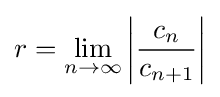
r=\lim _{n\to \infty }\left|{\frac {c_{n}}{c_{n+1}}}\right|